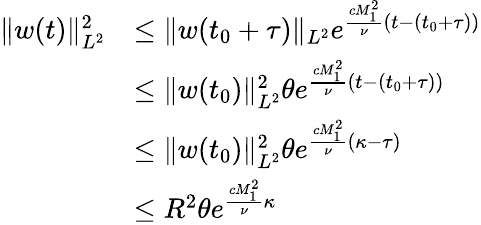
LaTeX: \begin{array}{rl}{\| w(t)\| _{L^{2}}^{2}}&{\leq\| w(t_{0}+\tau)\| _{L^{2}}e^{\frac{cM_{1}^{2}}{\nu}(t-(t_{0}+\tau))}}\\ &{\leq\| w(t_{0})\| _{L^{2}}^{2}\theta e^{\frac{cM_{1}^{2}}{\nu}(t-(t_{0}+\tau))}}\\ &{\leq\| w(t_{0})\| _{L^{2}}^{2}\theta e^{\frac{cM_{1}^{2}}{\nu}(\kappa-\tau)}}\\ &{\leq R^{2}\theta e^{\frac{cM_{1}^{2}}{\nu}\kappa}}\end{array}